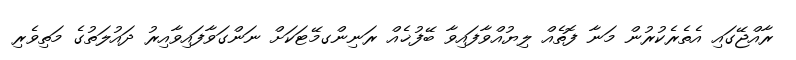
ރާއްޖޭގައި އެތެރެކުރުން މަނާ ފޮތެއް ލިޔުއްވާފައިވާ ބޭފުޚެއް ރަނިންގމޭޓަކަށް ނަންގަވާފައިވާއިރު ދައުލަތުގެ މަތިވެރި